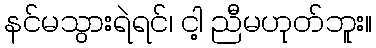
နင်မသွားရဲရင်၊ ငါ့ ညီမဟုတ်ဘူး။